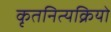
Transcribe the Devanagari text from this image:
कृतनित्यक्रियो